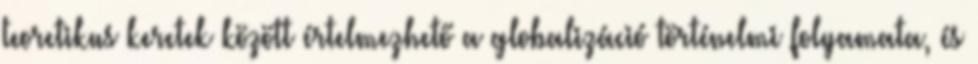
teoretikus keretek között értelmezhető a globalizáció történelmi folyamata, és